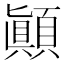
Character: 顚